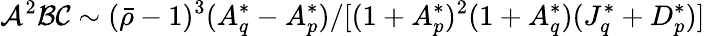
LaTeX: \mathcal{A}^{2}\mathcal{B}\mathcal{C}\sim(\bar{\rho}-1)^{3}(A_{q}^{*}-A_{p}^{*})/[(1+A_{p}^{*})^{2}(1+A_{q}^{*})(J_{q}^{*}+D_{p}^{*})]